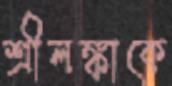
শ্রীলঙ্কাকে